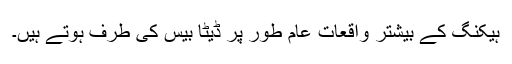
ہیکنگ کے بیشتر واقعات عام طور پر ڈیٹا بیس کی طرف ہوتے ہیں۔